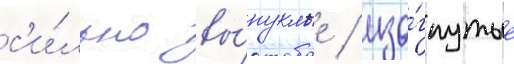
с'и́льно вы́пуклые / изо́гнутые